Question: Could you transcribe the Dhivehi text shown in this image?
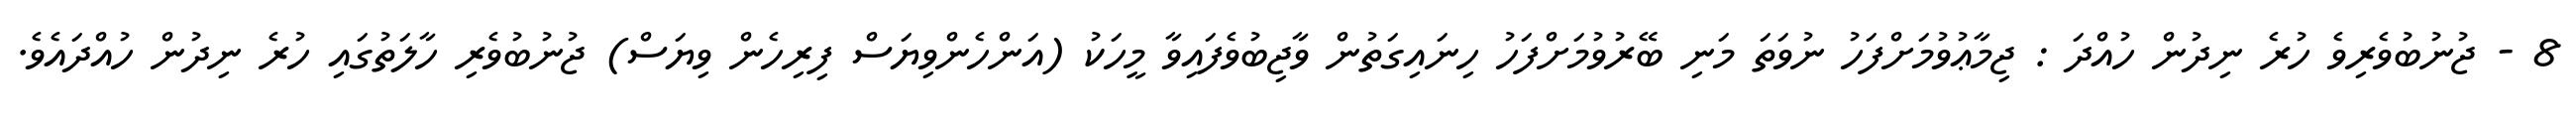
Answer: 8 - ޖުނުބުވެރިވެ ހުރެ ނިދުން ހުއްދަ : ޖިމާޢުވުމަށްފަހު ނުވަތަ މަނި ބޭރުވުމަށްފަހު ހިނައިގަތުން ވާޖިބުވެފައިވާ މީހަކު (އަންހެންވިޔަސް ފިރިހެން ވިޔަސް) ޖުނުބުވެރި ހާލަތުގައި ހުރެ ނިދުން ހުއްދައެވެ.